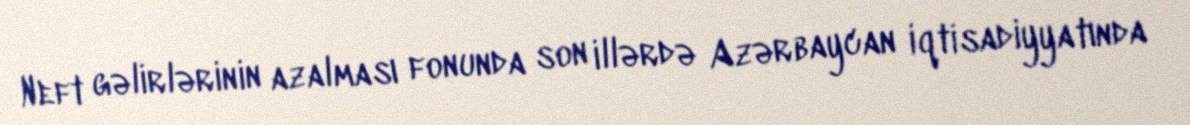
Neft gəlirlərinin azalması fonunda son illərdə Azərbaycan iqtisadiyyatında